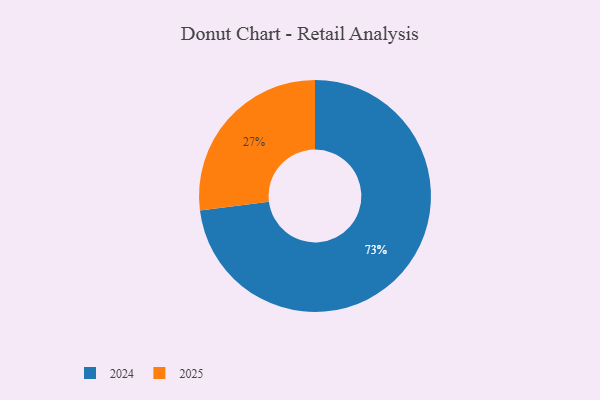
{"axis": {"x": "Category", "y": "Percentage"}, "legend": ["2024", "2025"], "data": [{"x": "2024", "y": 73, "type": "2024"}, {"x": "2025", "y": 27, "type": "2025"}]}